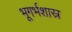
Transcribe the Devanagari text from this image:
भूगर्भशास्र